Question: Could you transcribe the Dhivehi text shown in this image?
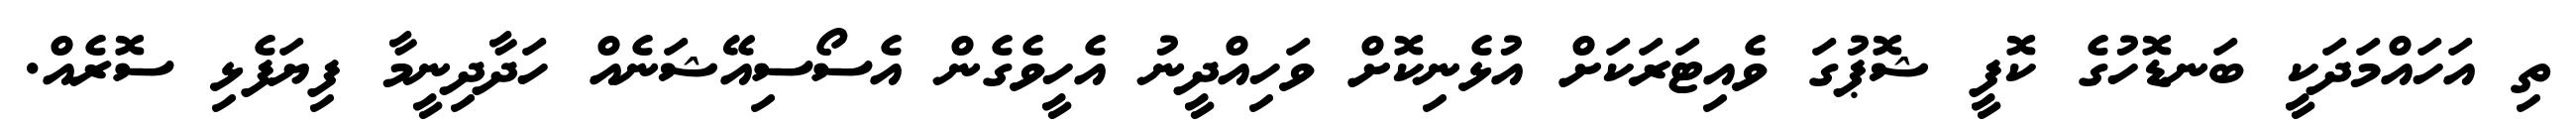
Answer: ތި އަހައްމަދަކީ ބަނޑޮހުގެ ކޮފީ ޝޮޕުގަ ވެއިޓަރަކަށް އުޅެނިކޮށް ވަހިއްދީނު އެހީވެގެން އެސޯސިއޭޝަނެއް ހަދާދިނީމާ ފިޔަފެޅި ސޮރެއް.